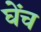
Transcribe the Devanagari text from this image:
घेंच